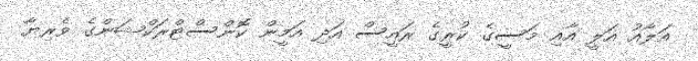
އަލާއު އަލީ އާއި މަސީގެ ކުރީގެ ރައީސް އަދި އަމީން ކޮންސްޓްރަކްޝަންގެ ވެރިޔާ